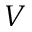
V